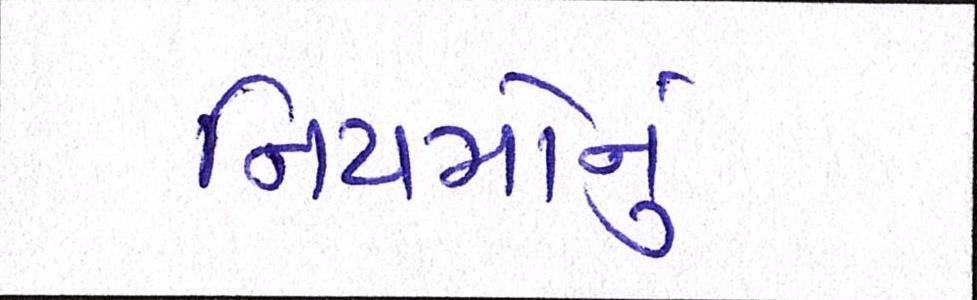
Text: નિયમોનું